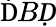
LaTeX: \mathrm ḊBḌ